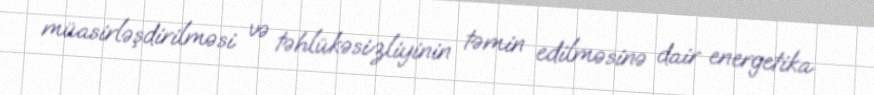
müasirləşdirilməsi və təhlükəsizliyinin təmin edilməsinə dair energetika